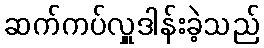
ဆက်ကပ်လှူဒါန်းခဲ့သည်